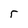
Character: r